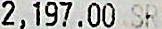
2,197.00 SR